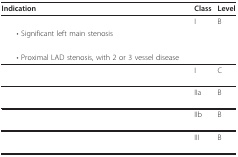
<table><thead><tr><td><b>Indication</b></td><td><b>Class</b></td><td><b>Level</b></td></tr></thead><tbody><tr><td>[EMPTY_CELL]</td><td>I</td><td>B</td></tr><tr><td> • Significant left main stenosis</td><td>[EMPTY_CELL]</td><td>[EMPTY_CELL]</td></tr><tr><td>[EMPTY_CELL]</td><td>[EMPTY_CELL]</td><td>[EMPTY_CELL]</td></tr><tr><td> • Proximal LAD stenosis, with 2 or 3 vessel disease</td><td>[EMPTY_CELL]</td><td>[EMPTY_CELL]</td></tr><tr><td>[EMPTY_CELL]</td><td>I</td><td>C</td></tr><tr><td>[EMPTY_CELL]</td><td>IIa</td><td>B</td></tr><tr><td>[EMPTY_CELL]</td><td>IIb</td><td>B</td></tr><tr><td>[EMPTY_CELL]</td><td>III</td><td>B</td></tr></tbody></table>